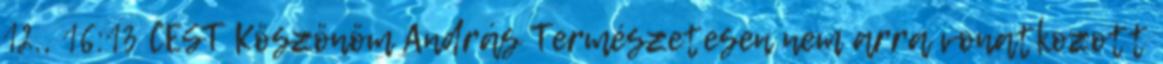
12., 16:13 CEST Köszönöm András Természetesen nem arra vonatkozott